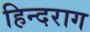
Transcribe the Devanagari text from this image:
हिन्दराग